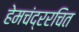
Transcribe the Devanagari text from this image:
हेमचंद्ररचित